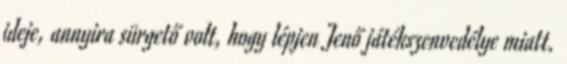
ideje, annyira sürgető volt, hogy lépjen Jenő játékszenvedélye miatt.